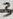
Text: 3